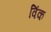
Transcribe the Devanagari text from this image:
विंक